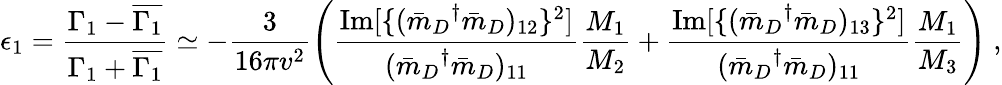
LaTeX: \epsilon_{1}=\frac{\Gamma_{1}-\overline{{{\Gamma_{1}}}}}{\Gamma_{1}+\overline{{{\Gamma_{1}}}}}\simeq-\frac{3}{16\pi v^{2}}\left(\frac{\mathrm{Im}[\{ ({\bar{m}_{D}}^{\dagger}\bar{m}_{D})_{12}\} ^{2}]}{({\bar{m}_{D}}^{\dagger}\bar{m}_{D})_{11}}\frac{M_{1}}{M_{2}}+\frac{\mathrm{Im}[\{ ({\bar{m}_{D}}^{\dagger}\bar{m}_{D})_{13}\} ^{2}]}{({\bar{m}_{D}}^{\dagger}\bar{m}_{D})_{11}}\frac{M_{1}}{M_{3}}\right)\ ,